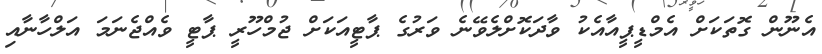
އެނޫން ގޮތަކަށް އެމްޑީޕީއާއެކު ވާދަކޮށްލެވޭނެ ވަރުގެ ޕާޓީއަކަށް ޖުމްހޫރީ ޕާޓީ ވެއްޖެނަމަ އަލްހާނާއި